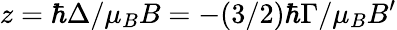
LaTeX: z=\hbar\Delta/\mu_{B}B=-(3/2)\hbar\Gamma/\mu_{B}B^{\prime}